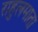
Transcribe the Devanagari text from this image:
राहुलमाता